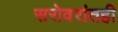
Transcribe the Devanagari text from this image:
सरोवरांतही